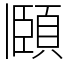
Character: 頥